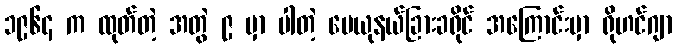
၁၉၆၄ က ထုတ်တဲ့ အတွဲ ၉ မှာ ပါတဲ့ မေယုနယ်ခြားခရိုင် အကြောင်းမှာ ရိုဟင်ဂျာ